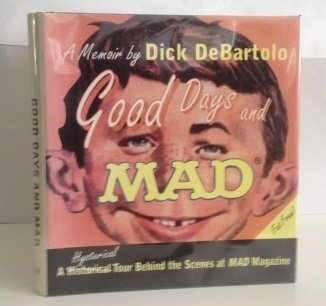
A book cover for Good Days and Mad: A Hysterical Tour Behind the Scenes at Mad Magazine; Dick Debartolo; Humor & Entertainment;